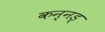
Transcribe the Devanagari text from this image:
कन्नड्